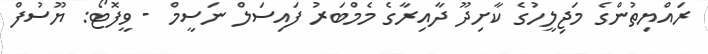
ރައްޔިތުންގެ މަޖިލީހުގެ ކާށިދޫ ދާއިރާގެ މެމްބަރު ފައިސަލް ނަސީމް - ވީފޮޓޯ: ޔޫސުފް